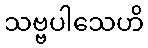
သဗ္ဗပါသေဟိ